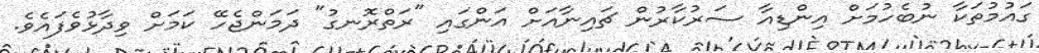
ގައުމުތަކާ ނުބެހުމަށް އިންޑިއާ ސަރުކާރުން ޗައިނާއަށް އަންގައި "ރަތްރޮނގު" ދަމަންޖެހޭ ކަމަށް ވިދާޅުވެފައެވެ.